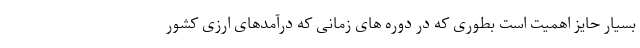
بسیار حایز اهمیت است بطوری که در دوره های زمانی که درآمدهای ارزی کشور